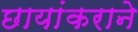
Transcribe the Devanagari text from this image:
छायांकराने